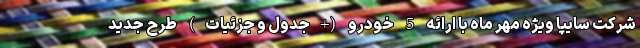
شرکت سایپا ویژه مهر ماه با ارائه 5 خودرو (+جدول و جزئیات) طرح جدید